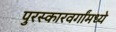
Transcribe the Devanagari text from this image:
पुरस्कारवर्गांमध्ये